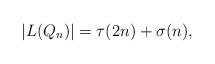
LaTeX: \begin{align*}|L(Q_n)|=\tau(2n)+\sigma(n),\end{align*}